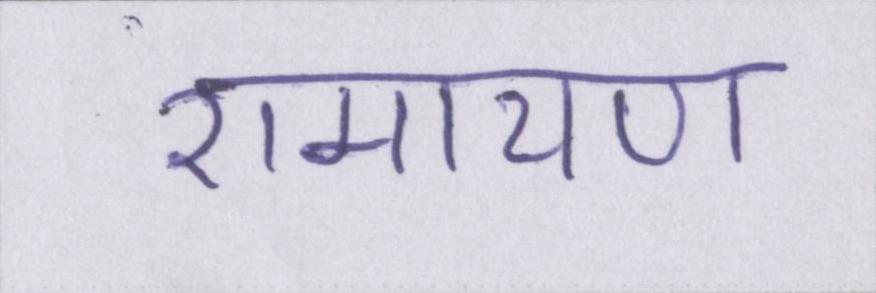
रामायण